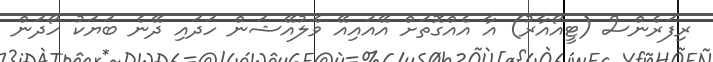
ރިފަރެންސް (ޓީއޯއާރު) އާ އެއްގޮތަށް އޭއައިއޭ ވެލުއޭޝަން ހަދައި ދޭނެ ބަޔަކު ހޯދަން